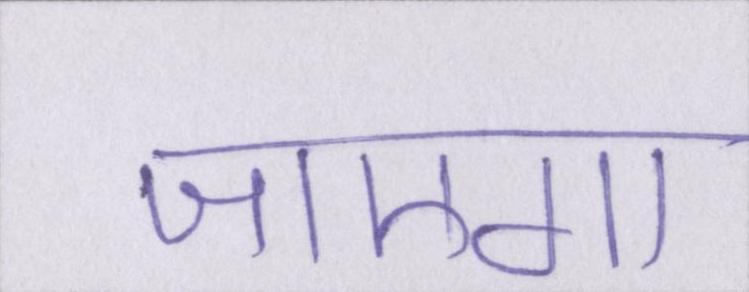
जाएगा